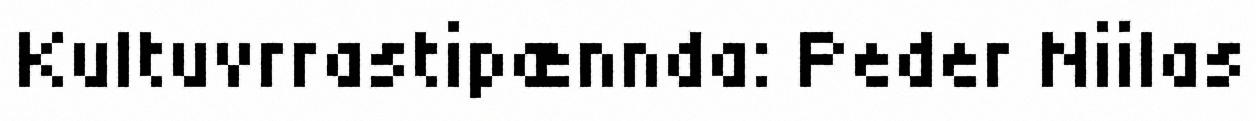
Kultuvrrastipænnda: Peder Niilas